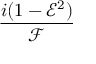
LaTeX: \frac { i ( 1 - { \mathcal { E } } ^ { 2 } ) } { { \mathcal { F } } }